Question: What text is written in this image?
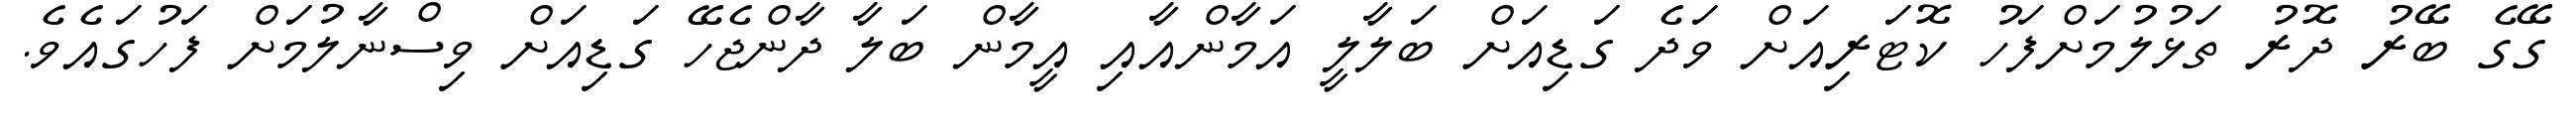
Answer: ގޭގެ ބޭރު ދޮރު ތަޅުލުމަށްފަހު ކޮޓަރިއަށް ވަދެ ގަޑިއަށް ބަލާލީ އަމާންއާއި އީމާން ބަލާ ދާންޖެހޭ ގަޑިއަށް ވިސްނާލުމަށް ފަހުގައެވެ.